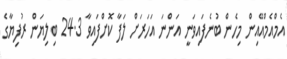
އެމްއެމްއޭއިން މިހެން ބުނެފައިވަނީ އަންނަ އަހަރަށް ލަފާ ކޮށްފައިވާ 24.3 ބިލިޔަން ރުފިޔާގެ